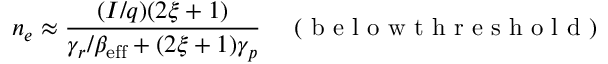
n _ { e } \approx \frac { ( I / q ) ( 2 \xi + 1 ) } { \gamma _ { r } / \beta _ { \mathrm { e f f } } + ( 2 \xi + 1 ) \gamma _ { p } } \quad \mathrm { ~ ( ~ b ~ e ~ l ~ o ~ w ~ t ~ h ~ r ~ e ~ s ~ h ~ o ~ l ~ d ~ ) ~ }